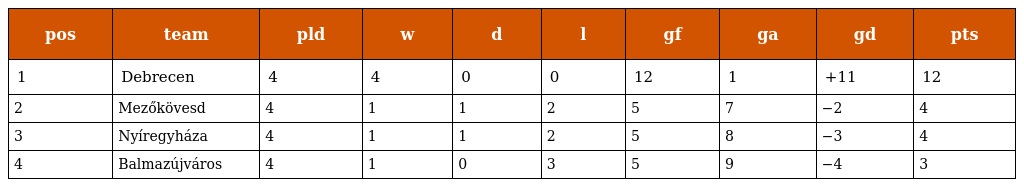
| pos | team | pld | w | d | l | gf | ga | gd | pts |
 | --- | --- | --- | --- | --- | --- | --- | --- | --- | --- |
 | 1 | Debrecen | 4 | 4 | 0 | 0 | 12 | 1 | +11 | 12 |
 | 2 | Mezőkövesd | 4 | 1 | 1 | 2 | 5 | 7 | −2 | 4 |
 | 3 | Nyíregyháza | 4 | 1 | 1 | 2 | 5 | 8 | −3 | 4 |
 | 4 | Balmazújváros | 4 | 1 | 0 | 3 | 5 | 9 | −4 | 3 |